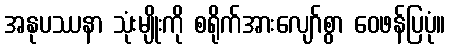
အနုပဿနာ သုံးမျိုးကို စရိုက်အားလျော်စွာ ဝေဖန်ပြပုံ။